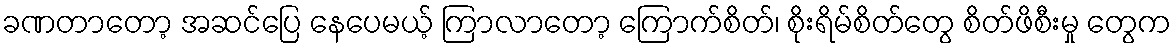
ခဏတာတော့ အဆင်ပြေ နေပေမယ့် ကြာလာတော့ ကြောက်စိတ်၊ စိုးရိမ်စိတ်တွေ စိတ်ဖိစီးမှု တွေက